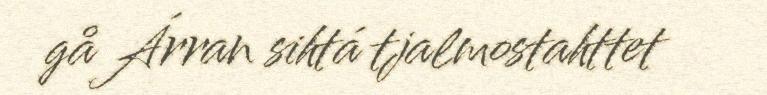
gå Árran sihtá tjalmostahttet